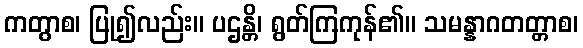
ကတွာစ၊ ပြု၍လည်း။ ပဌန္တိ၊ ရွတ်ကြကုန်၏။ သမန္နာဂတတ္တာစ၊